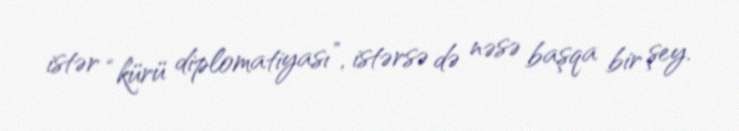
istər “kürü diplomatiyası”, istərsə də nəsə başqa bir şey.